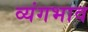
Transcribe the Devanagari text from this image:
व्यंगभाव